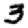
Digit: 3